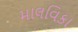
માલવિકા